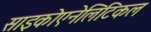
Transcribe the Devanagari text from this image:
साइकोएनेलिटिकल